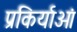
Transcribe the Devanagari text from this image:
प्रकिर्याओं